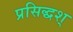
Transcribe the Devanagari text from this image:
प्रसिद्धश्